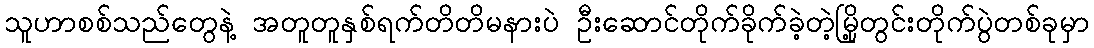
သူဟာစစ်သည်တွေနဲ့ အတူတူနှစ်ရက်တိတိမနားပဲ ဦးဆောင်တိုက်ခိုက်ခဲ့တဲ့မြို့တွင်းတိုက်ပွဲတစ်ခုမှာ